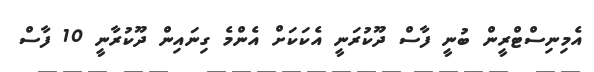
އެމިނިސްޓްރީން ބުނީ ފާސް ދޫކުރަނީ އެކަކަށް އެންމެ ގިނައިން ދޫކުރާނީ 10 ފާސް